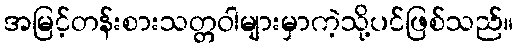
အမြင့်တန်းစားသတ္တဝါများမှာကဲ့သို့ပင်ဖြစ်သည်။